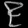
Digit: ၉